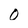
Character: 0